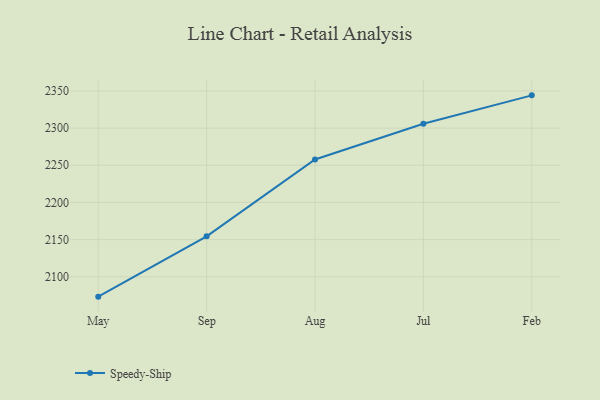
{"axis": {"x": "Month", "y": "Population (Million)"}, "legend": ["Speedy-Ship"], "data": [{"x": "May", "y": 2073.3, "type": "Speedy-Ship"}, {"x": "Sep", "y": 2154.4, "type": "Speedy-Ship"}, {"x": "Aug", "y": 2257.8, "type": "Speedy-Ship"}, {"x": "Jul", "y": 2305.8, "type": "Speedy-Ship"}, {"x": "Feb", "y": 2344.0, "type": "Speedy-Ship"}]}